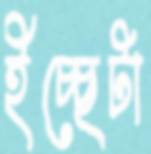
ইচ্ছেটা